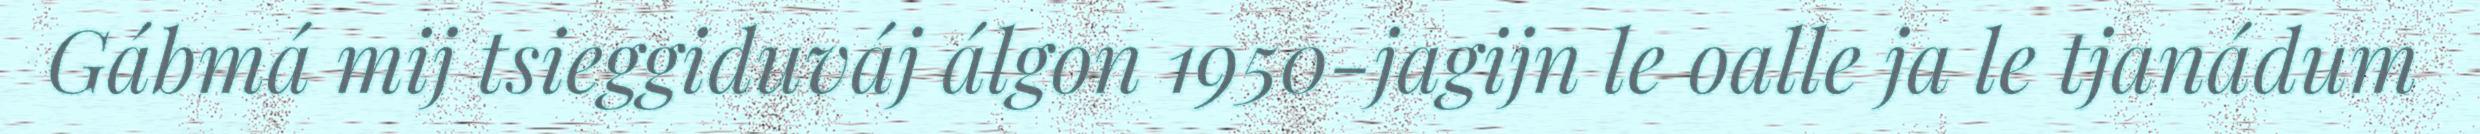
Gábmá mij tsieggiduváj álgon 1950-jagijn le oalle ja le tjanádum